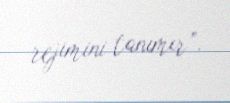
rejimini tanımır”.